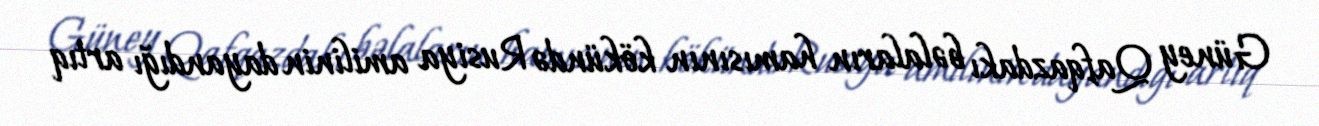
Güney Qafqazdakı bəlaların hamısının kökündə Rusiya amilinin dayandığı artıq